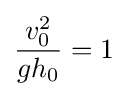
{\frac {v_{0}^{2}}{gh_{0}}}=1